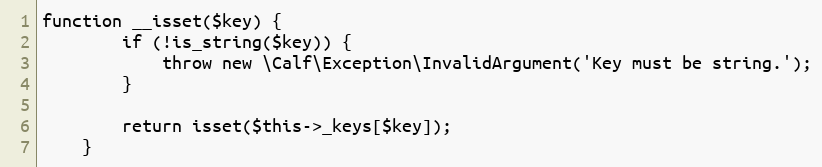
Language: PHP
function __isset($key) {
        if (!is_string($key)) {
            throw new \Calf\Exception\InvalidArgument('Key must be string.');
        }

        return isset($this->_keys[$key]);
    }